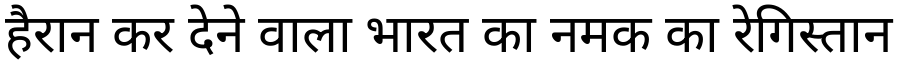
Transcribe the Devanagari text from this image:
हैरान कर देने वाला भारत का नमक का रेगिस्तान